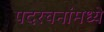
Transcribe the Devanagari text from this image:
पदरचनांमध्ये